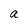
Character: a